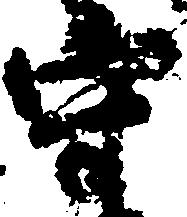
守